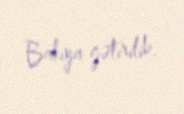
Bakıya gətirilib.